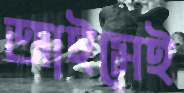
আইসেই